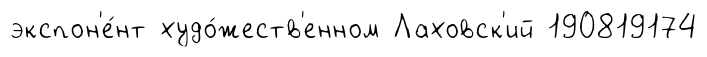
экспон'е́нт худо́жеств'енном Лаховск'ий 190819174